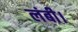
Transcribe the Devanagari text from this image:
लंबी।